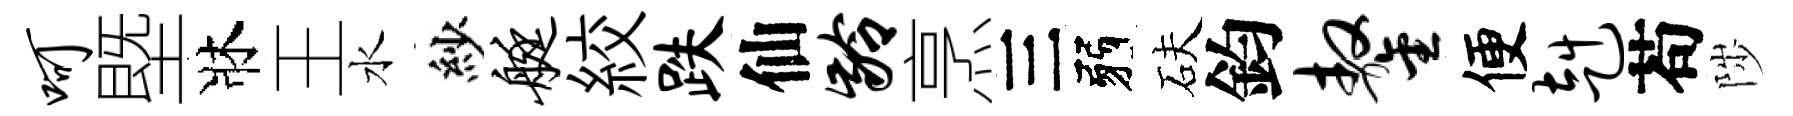
呵塈牀王水紗艇絞跌仙龄烹三弱砆鈞鏊便赳苟陟